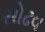
સોઢવ